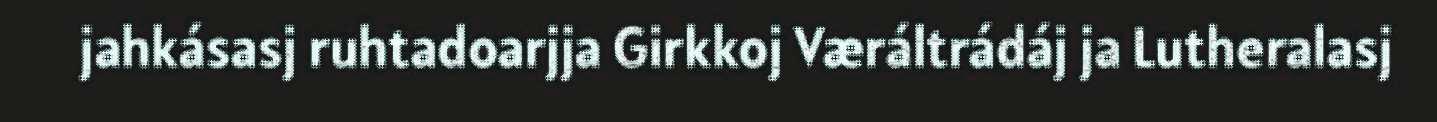
jahkásasj ruhtadoarjja Girkkoj Væráltrádáj ja Lutheralasj